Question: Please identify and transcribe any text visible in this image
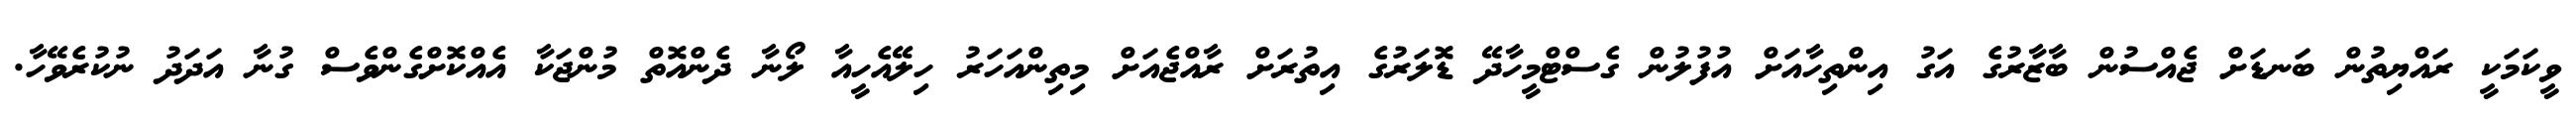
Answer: ވީކަމަކީ ރައްޔިތުން ބަނޑަށް ޖެއްސުން ބާޒާރުގެ އަގު އިންތިހާއަށް އުފުލުން ގެސްޓްމީހާދޭ ޑޮލަރުގެ އިތުރަށް ރާއްޖެއަށް މިތިންއަހަރު ހިލޭއެހީއާ ލޯނާ ދެންއޮތް މުންޖަކާ އެއްކޮށްގެންވެސް ގުނާ އަދަދު ނުކުރެވޭހާ.